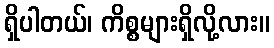
ရှိပါတယ်၊ ကိစ္စများရှိလို့လား။